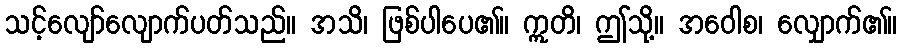
သင့်လျော်လျောက်ပတ်သည်။ အသိ၊ ဖြစ်ပါပေ၏။ ဣတိ၊ ဤသို့။ အဝေါစ၊ လျှောက်၏။